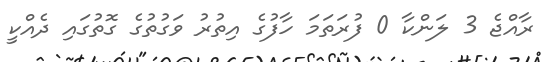
ރާއްޖެ 3 ލަންކާ 0 ފުރަތަމަ ހާފުގެ އިތުރު ވަގުތުގެ ގޮތުގައި ދެއްކީ